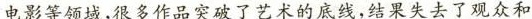
电影等领域,很多作品突破了艺术的底线,结果失去了观众和